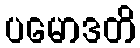
ပမောဒတိ